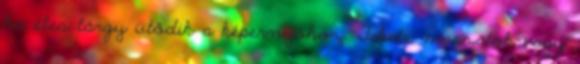
ha éles tárgy ütődik a képernyőhöz. Fekete maszatok vagy